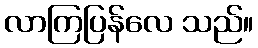
လာကြပြန်လေ သည်။